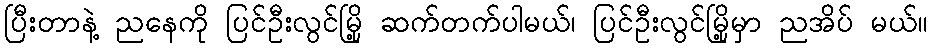
ပြီးတာနဲ့ ညနေကို ပြင်ဦးလွင်မြို့ ဆက်တက်ပါမယ်၊ ပြင်ဦးလွင်မြို့မှာ ညအိပ် မယ်။